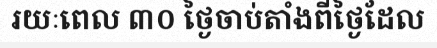
រយៈពេល ៣០ ថ្ងៃចាប់តាំងពីថ្ងៃដែល